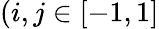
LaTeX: (i,j\in[-1,1]